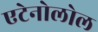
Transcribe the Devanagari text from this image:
एटेनोलोल